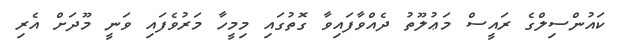
ކައުންސިލްގެ ރައީސް މަޢުލޫތު ދެއްވާފައިވާ ގޮތުގައި މިމީހާ މަރުވެފައި ވަނީ މޫދަށް އެރި